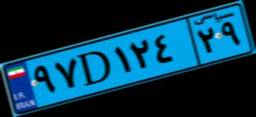
۱۸D۷۰۱۵۰